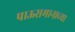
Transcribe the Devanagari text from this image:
पाऊसमानाच्या